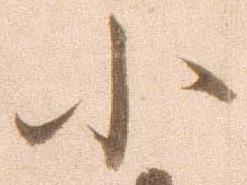
小